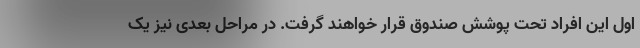
اول این افراد تحت پوشش صندوق قرار خواهند گرفت. در مراحل بعدی نیز یک